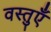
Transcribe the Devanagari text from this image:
वस्‍तुएँ